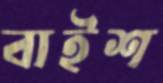
বাইশ